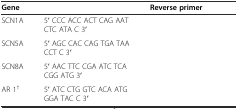
<table><thead><tr><td><b>Gene</b></td><td>[EMPTY_CELL]</td><td><b>Reverse primer</b></td></tr></thead><tbody><tr><td>SCN1A</td><td>5′ CCC ACC ACT CAG AAT CTC ATA C 3′</td><td>[EMPTY_CELL]</td></tr><tr><td>SCN5A</td><td>5′ AGC CAC CAG TGA TAA CCT C 3′</td><td>[EMPTY_CELL]</td></tr><tr><td>SCN8A</td><td>5′ AAC TTC CGA ATC TCA CGG ATG 3′</td><td>[EMPTY_CELL]</td></tr><tr><td>AR 1<sup>†</sup></td><td>5′ ATC CTG GTC ACA ATG GGA TAC C 3′</td><td>[EMPTY_CELL]</td></tr></tbody></table>